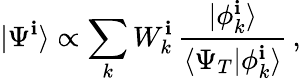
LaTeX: |\Psi^{\mathbf{i}}\rangle\propto\sum_{k}W_{k}^{\mathbf{i}}\, \frac{{|\phi_{k}^{\mathbf{i}}\rangle}}{{\langle\Psi_{T}|\phi_{k}^{\mathbf{i}}\rangle}}\, ,